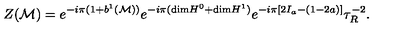
Z ( { \cal M } ) = e ^ { - i \pi ( 1 + b ^ { 1 } ( { \cal M } ) ) } e ^ { - i \pi ( \mathrm { d i m } H ^ { 0 } + \mathrm { d i m } H ^ { 1 } ) } e ^ { - i \pi [ 2 I _ { a } - ( 1 - 2 a ) ] } { \tau } _ { R } ^ { - 2 } .